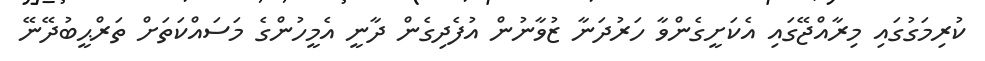
ކުރިމަގުގައި މިރާއްޖޭގައި އެކަށީގެންވާ ހަރުދަނާ ޒުވާނުން އުފެދިގެން ދާނީ އެމީހުންގެ މަސައްކަތަށް ތަރްޙީބުދޭނޭ